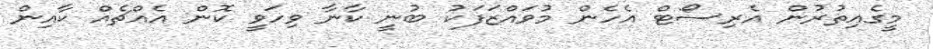
މީގެއިތުރުން އެރިސޯޓް އެހެން މުވައްޒަފަކު ބުނީ ކާނާ ވިހަވީ ކޮން އެއްޗެއް ކާއިން